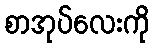
စာအုပ်လေးကို